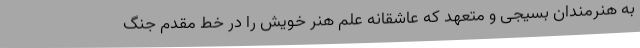
به هنرمندان بسیجی و متعهد که عاشقانه علم هنر خویش را در خط مقدم جنگ